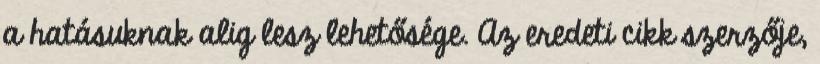
a hatásuknak alig lesz lehetősége. Az eredeti cikk szerzője,